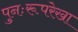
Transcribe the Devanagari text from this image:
पुनःरूपरेखा